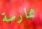
ممارسة